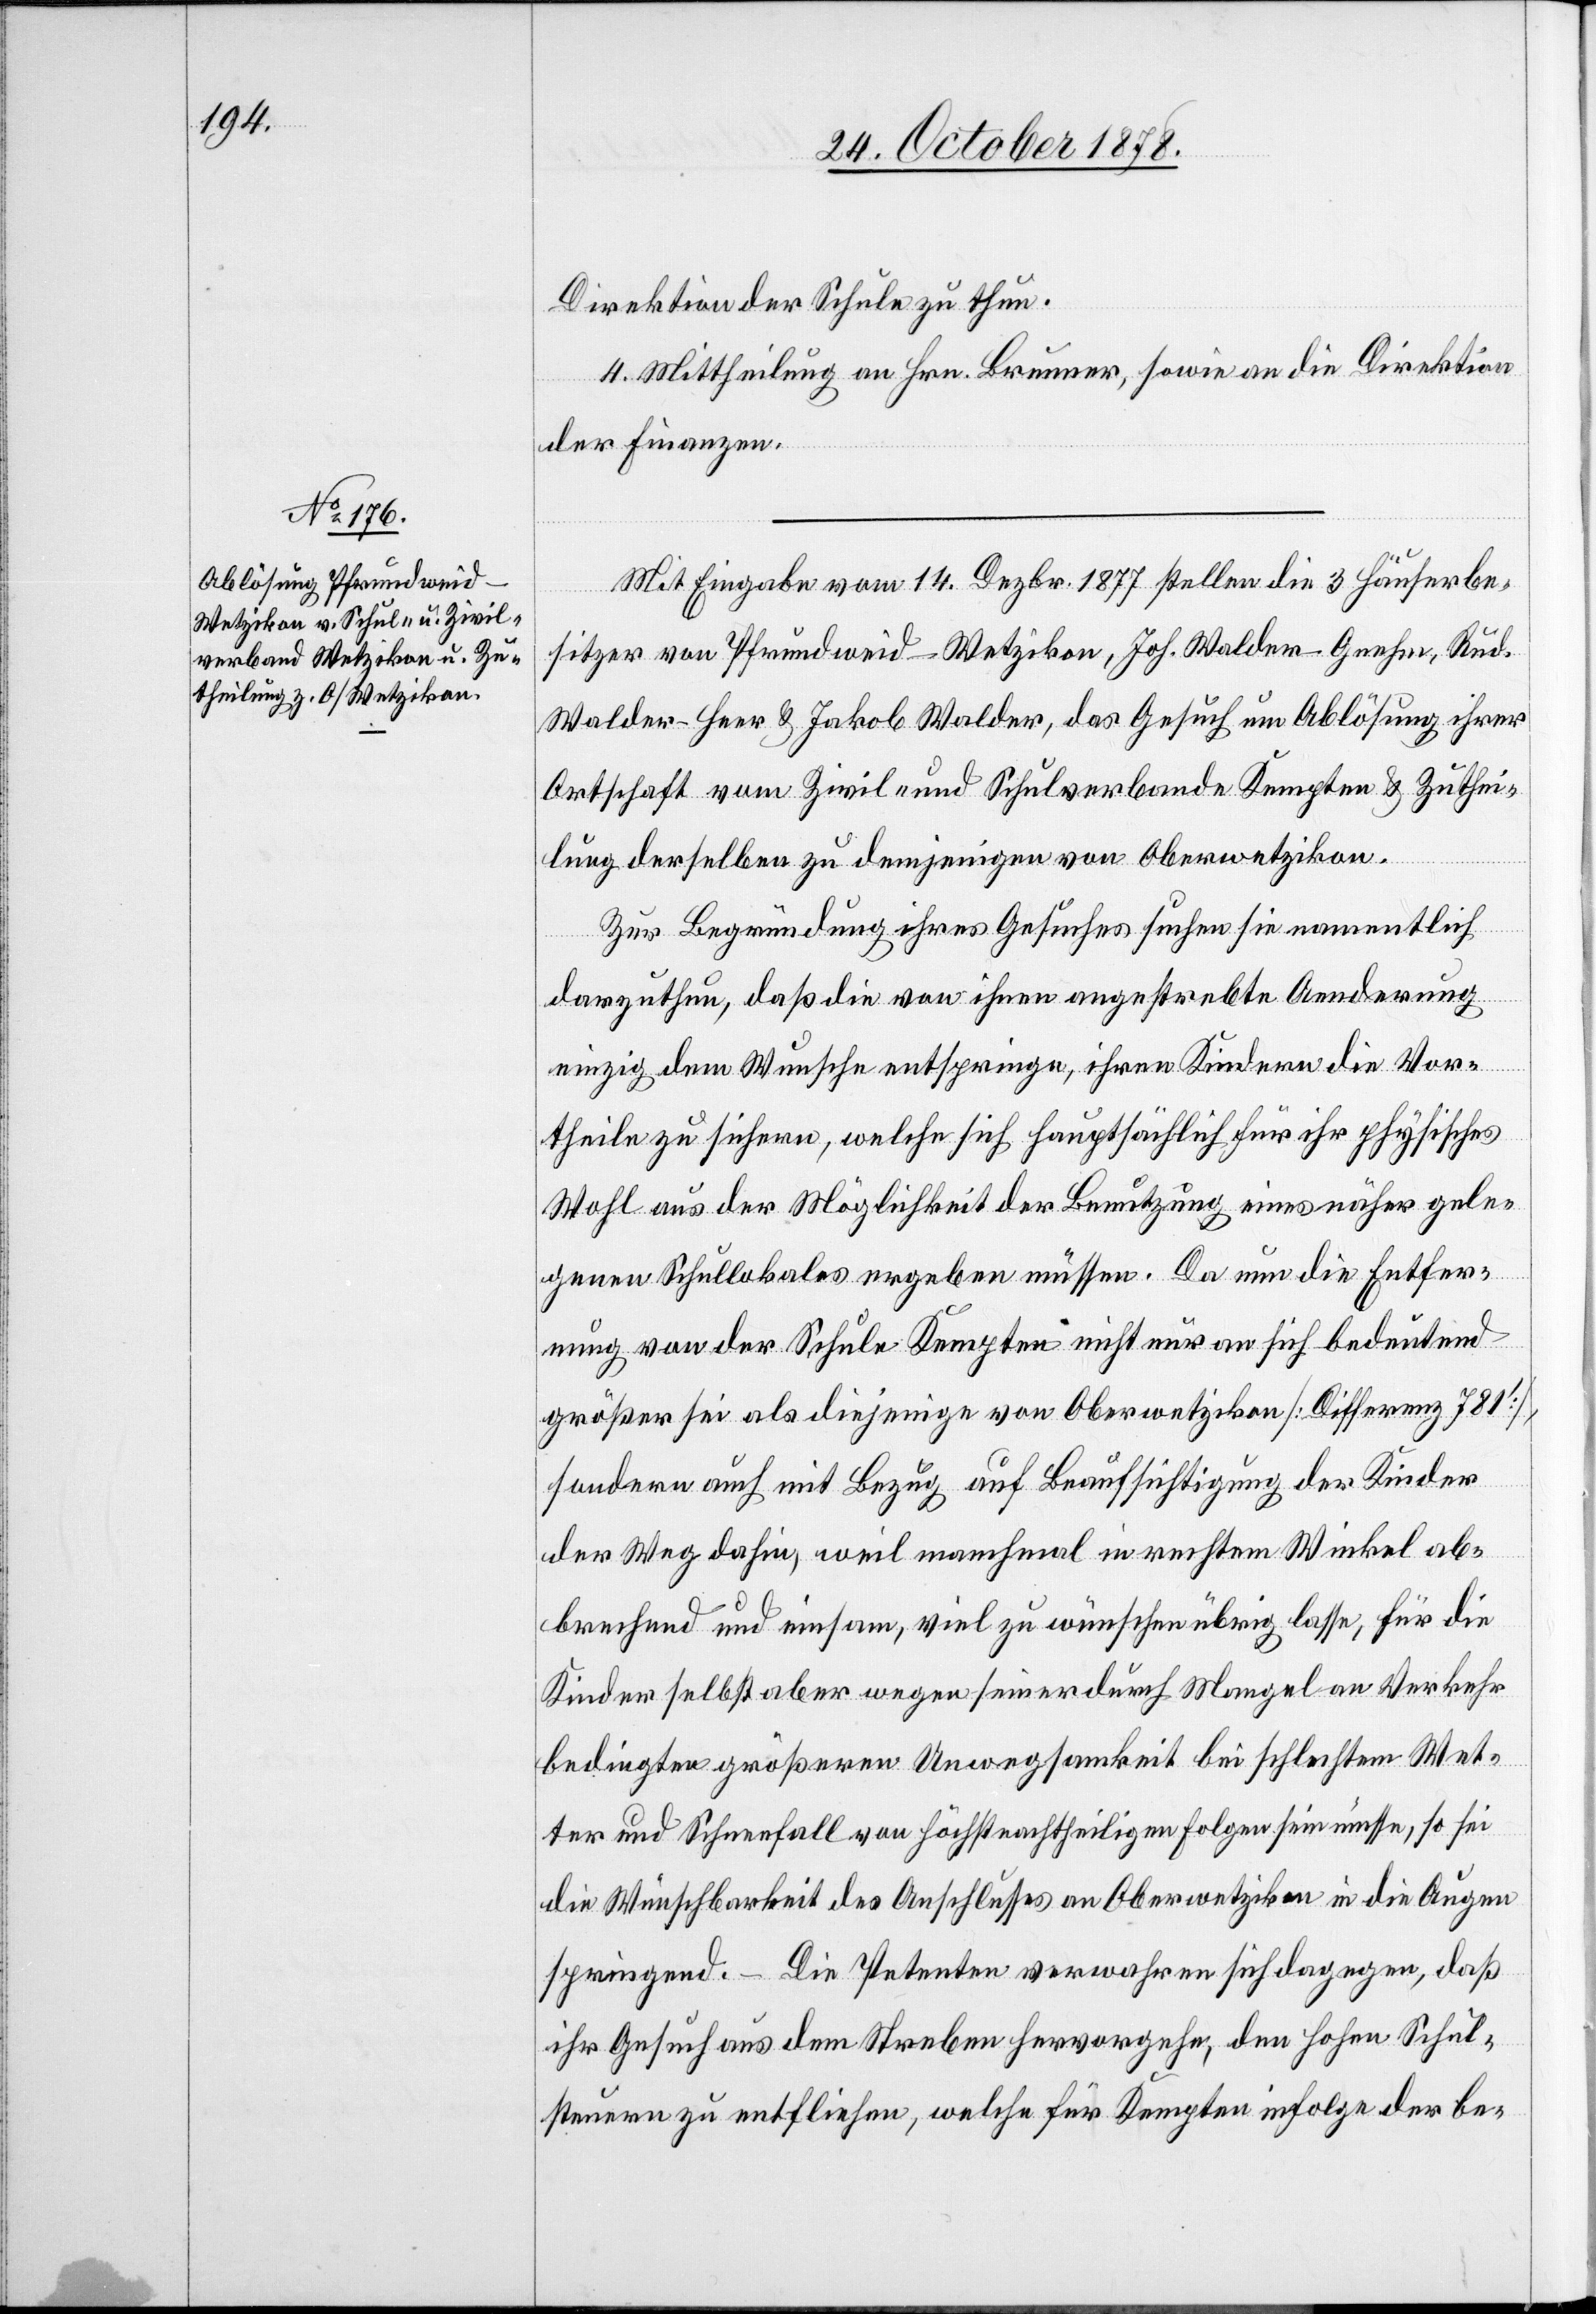
Direktion der Schule zu thun.
4. Mittheilung an Hrn. Brunner, sowie an die Direktion
der Finanzen.
Mit Eingabe vom 14. Dezbr. 1877 stellen die 3 Häuserbe¬
sitzer von Pfrundweid - Wetzikon, Joh. Walder-Gnehm, Rud.
Walder-Heer & Jakob Walder, das Gesuch um Ablösung ihrer
Ortschaft vom Zivil- und Schulverbande Kempten & Zuthei¬
lung derselben zu demjenigen von Oberwetzikon.
Zur Begründung ihres Gesuches suchen sie namentlich
darzuthun, daß die von ihnen angestrebte Aenderung
einzig dem Wunsche entspringe, ihren Kindern die Vor¬
theile zu sichern, welche sich hauptsächlich für ihr physisches
Wohl aus der Möglichkeit der Benutzung eines näher gele¬
genen Schullokales ergeben müssen. Da nun die Entfer¬
nung von der Schule Kempten nicht nur an sich bedeutend
größer sei als diejenige von Oberwetzikon [Differenz 781’],
sondern auch mit Bezug auf Beaufsichtigung der Kinder
der Weg dahin, weil manchmal in rechtem Winkel ab¬
brechend und einsam, viel zu wünschen übrig lasse, für die
Kinder selbst aber wegen seiner durch Mangel an Verkehr
bedingten größeren Unwegsamkeit bei schlechtem Wet¬
ter und Schneefall von höchstnachtheiligen Folgen sein müsse, so sei
die Wünschbarkeit des Anschlusses an Oberwetzikon in die Augen
springend. Die Petenten verwahren sich dagegen, daß
ihr Gesuch aus dem Streben hervorgehe, den hohen Schul¬
steuern zu entfliehen, welche für Kempten infolge der be-